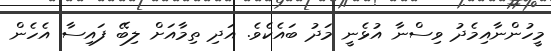
މީހުންނާއިމެދު ވިސްނާ އުޅެނީ މަދު ބައެކެވެ. އަދި ތިމާއަށް ލިބޭ ފައިސާ އެހެން